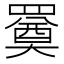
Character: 𦌚